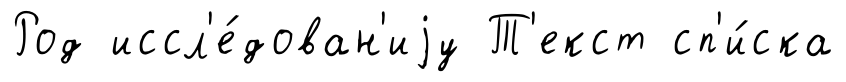
Род иссл'е́дован'иjу Т'екст сп'и́ска